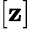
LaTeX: [\mathbf{z}]